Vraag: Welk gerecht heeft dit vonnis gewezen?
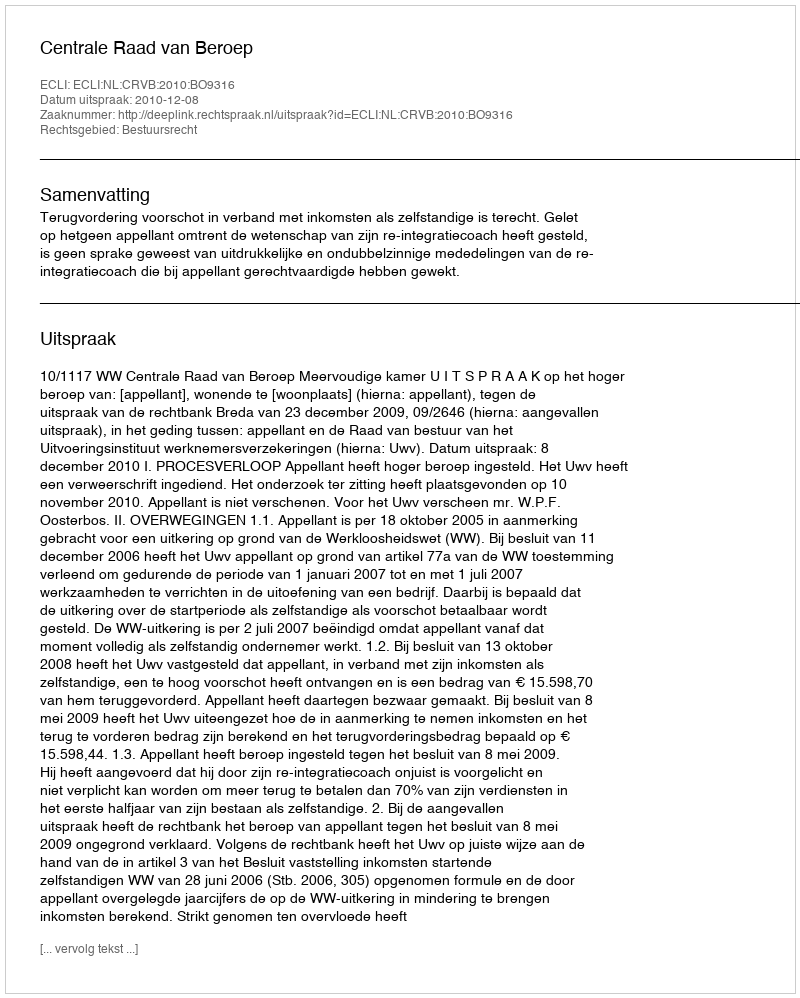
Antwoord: Centrale Raad van Beroep